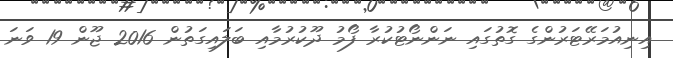
އިނިއުމަރޭޓަރުންގެ ގޮތުގައި ނަންނޯޓުކުރާ ފޯމު ދޫކުރުމާއި ބަލައިގަތުން 2016 ޖޫން 19 ވަނަ